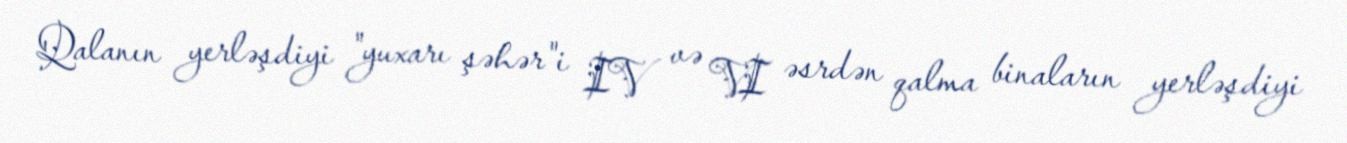
Qalanın yerləşdiyi "yuxarı şəhər"i IV və VI əsrdən qalma binaların yerləşdiyi